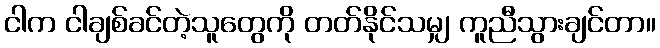
ငါက ငါချစ်ခင်တဲ့သူတွေကို တတ်နိုင်သမျှ ကူညီသွားချင်တာ။